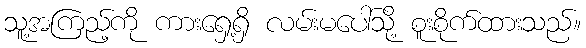
သူ့အကြည့်ကို ကားရှေ့ရှိ လမ်းမပေါ်သို့ စူးစိုက်ထားသည်။